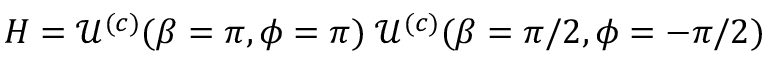
H = \mathcal { U } ^ { ( c ) } ( \beta = \pi , \phi = \pi ) \; \mathcal { U } ^ { ( c ) } ( \beta = \pi / 2 , \phi = - \pi / 2 )